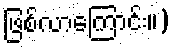
ဖြစ်လာကြောင်း။)